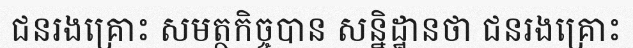
ជនរងគ្រោះ សមត្ថកិច្ចបាន សន្និដ្ឋានថា ជនរងគ្រោះ